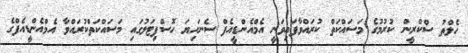
ހެލްތު ސްކްރީން ކުރުމުގެ މަސައްކަތް ކުރައްވާފައިވަނީ އެމްއެންޑީއެފް ސެނަހިޔަ ހޮސްޕިޓަލުގައި މަސައްކަތްކުރައްވާ އެމްއެންޑީއެފްގެ